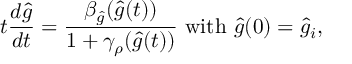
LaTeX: t { \frac { d \hat { g } } { d t } } = { \frac { \beta _ { \hat { g } } ( \hat { g } ( t ) ) } { 1 + \gamma _ { \rho } ( \hat { g } ( t ) ) } } \ \mathrm { w i t h } \ \hat { g } ( 0 ) = \hat { g } _ { i } ,